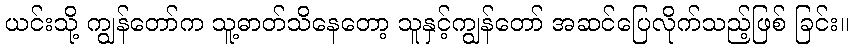
ယင်းသို့ ကျွန်တော်က သူ့ဓာတ်သိနေတော့ သူနှင့်ကျွန်တော် အဆင်ပြေလိုက်သည့်ဖြစ် ခြင်း။